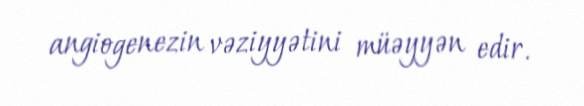
angiogenezin vəziyyətini müəyyən edir.